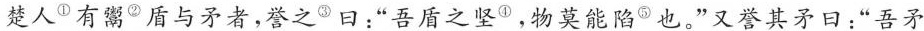
楚人^{①}有鬻^{②}盾与矛者，誉之^{③}曰：“吾盾之坚^{④}，物莫能陷^{⑤}也。”又誉其矛日：“吾矛